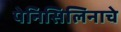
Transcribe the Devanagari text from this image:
पेनिसिलिनाचे